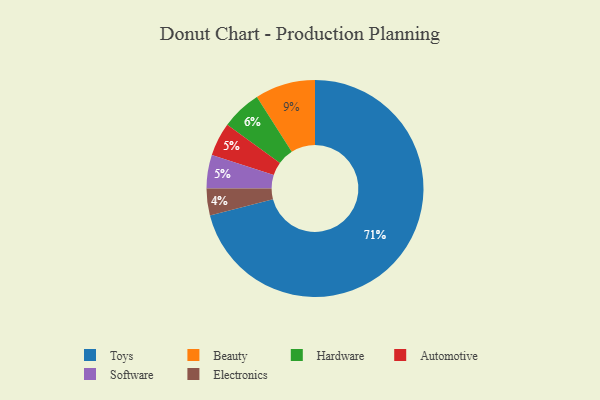
{"axis": {"x": "Category", "y": "Percentage"}, "legend": ["Automotive", "Beauty", "Electronics", "Hardware", "Software", "Toys"], "data": [{"x": "Hardware", "y": 6, "type": "Hardware"}, {"x": "Automotive", "y": 5, "type": "Automotive"}, {"x": "Beauty", "y": 9, "type": "Beauty"}, {"x": "Electronics", "y": 4, "type": "Electronics"}, {"x": "Toys", "y": 71, "type": "Toys"}, {"x": "Software", "y": 5, "type": "Software"}]}